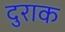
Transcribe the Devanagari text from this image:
दुराक